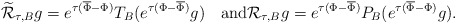
\begin{align*}\widetilde {\mathcal R}_{\tau, B}g = e^{\tau(\overline\Phi-\Phi)}T_B(e^{\tau(\Phi-\overline\Phi)}g) \quad\mbox{and}{\mathcal R}_{\tau, B}g = e^{\tau(\Phi-\overline\Phi)}P_B(e^{\tau(\overline\Phi-\Phi)}g).\end{align*}